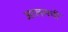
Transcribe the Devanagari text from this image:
आलमची